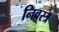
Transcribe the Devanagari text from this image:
निवस्त्र